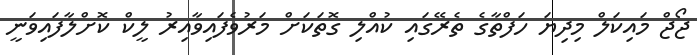
ޖޯޖް މައިކަލް މިދިޔަ ހަފްތާގެ ތެރޭގައި ކުއްލި ގޮތަކަށް މަރުވެފައިވާއިރު ލީކް ކޮށްލާފައިވަނީ